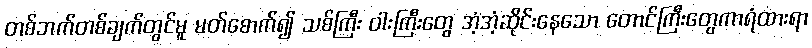
တစ်ဘက်တစ်ချက်တွင်မူ မတ်စောက်၍ သစ်ကြီး ဝါးကြီးတွေ အံ့အံ့ဆိုင်းနေသော တောင်ကြီးတွေကာရံထားရာ